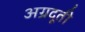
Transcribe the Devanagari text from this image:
अग्रदूती